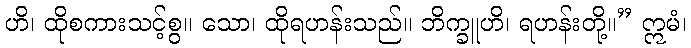
ဟိ၊ ထိုစကားသင့်စွ။ သော၊ ထိုရဟန်းသည်။ ဘိက္ခူဟိ၊ ရဟန်းတို့။” ဣမံ၊